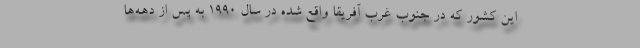
این کشور که در جنوب غرب آفریقا واقع شده در سال 1990 به پس از دهه‌ها